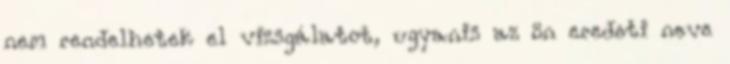
nem rendelhetek el vizsgálatot, ugyanis az ön eredeti neve